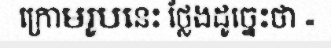
ក្រោមរូបនេះ ថ្លែងដូច្នេះថា «